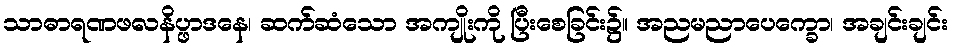
သာဓာရဏဖလနိပ္ဖာဒနေ၊ ဆက်ဆံသော အကျိုးကို ပြီးစေခြင်း၌။ အညမညာပေက္ခော၊ အချင်းချင်း